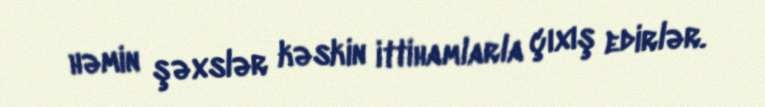
həmin şəxslər kəskin ittihamlarla çıxış edirlər.